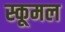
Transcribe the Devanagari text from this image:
स्कूमल